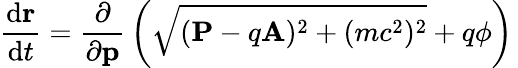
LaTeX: {\frac{\mathrm{d}\mathbf{r}}{\mathrm{d}t}}={\frac{\partial}{\partial\mathbf{p}}}\left({\sqrt{(\mathbf{P}-q\mathbf{A})^{2}+(mc^{2})^{2}}}+q\phi\right)\,